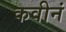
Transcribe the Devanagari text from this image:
कवीनं